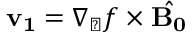
{ \bf v _ { 1 } } = \nabla _ { \perp } f \times { \hat { \bf B _ { 0 } } }